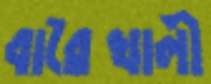
বারৈখালী